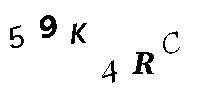
59K4RC